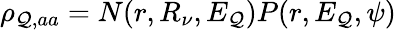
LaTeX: \rho_{\mathcal{Q},aa}=N(r,R_{\nu},E_{\mathcal{Q}})P(r,E_{\mathcal{Q}},\psi)